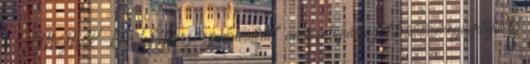
a JMMK-ban 0 „Őszi színkavalkád” című fotópályázat kiállításmegnyitója 0